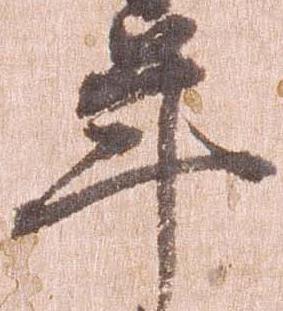
年